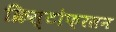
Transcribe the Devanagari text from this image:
क्रिस्टोफ़रसन